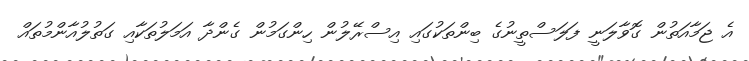
އެ ޖަމާއަތުން ގޮވާލަނީ ފަލަސްތީނުގެ ބިންތަކުގައި އިސްރޭލުން ހިންގަމުން ގެންދާ އަމަލުތަކާއި ގަތުލުއާންމުތައް